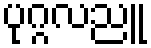
ပုဂ္ဂလညူ